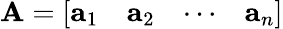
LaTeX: \mathbf{A}=[{\begin{array}{cccc}{\mathbf{a}_{1}}&{\mathbf{a}_{2}}&{\cdots}&{\mathbf{a}_{n}}\end{array}}]